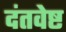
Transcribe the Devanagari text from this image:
दंतवेष्ट